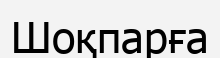
Шоқпарға